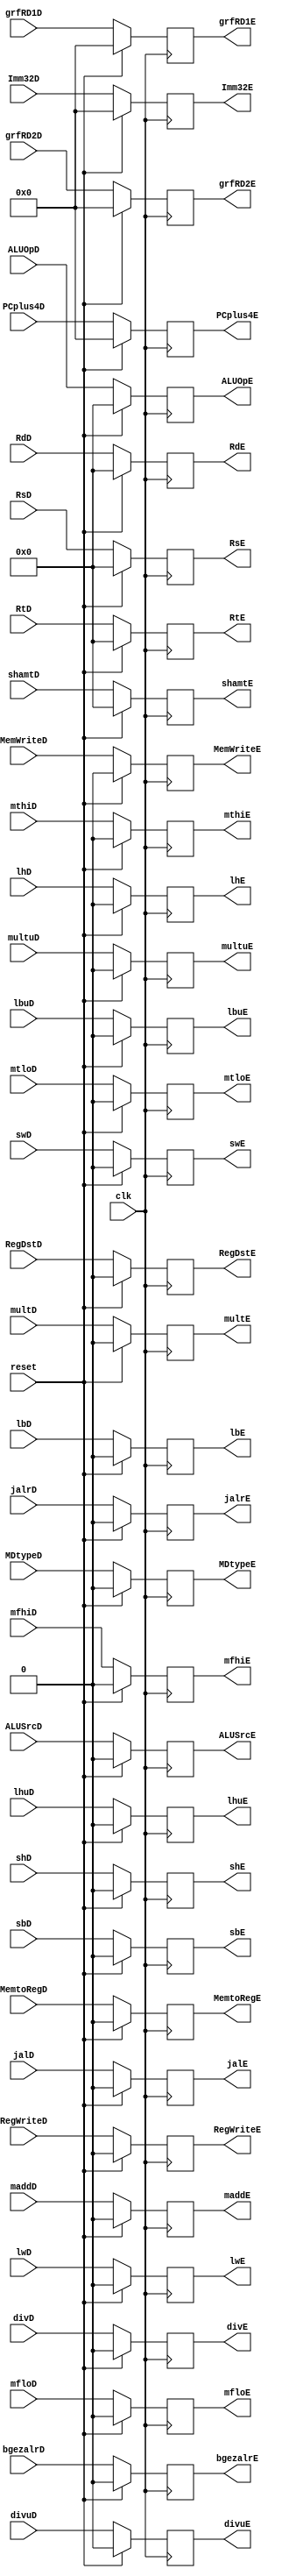
`timescale 1ns / 1ps
//////////////////////////////////////////////////////////////////////////////////
// Company: 
// Engineer: 
// 
// Design Name: 
// Module Name:    D_E_pipeReg 
// Project Name: 
// Target Devices: 
// Tool versions: 
// Description: 
//
// Dependencies: 
//
// Revision: 
// Revision 0.01 - File Created
// Additional Comments: 
//
//////////////////////////////////////////////////////////////////////////////////
module D_E_pipeReg(
    input [31:0] PCplus4D,
    input [4:0] RsD,
    input [4:0] RtD,
    input [4:0] RdD,
	 input [4:0] shamtD,
    input [31:0] grfRD1D,
    input [31:0] grfRD2D,
    input RegWriteD,
    input MemtoRegD,
    input MemWriteD,
    input [4:0] ALUOpD,
    input ALUSrcD,
    input RegDstD,
	 input jalD,
	 input jalrD,
	 input bgezalrD,
	 input swD,
	 input shD,
	 input sbD,
	 input lwD,
	 input lbD,
	 input lbuD,
	 input lhD,
	 input lhuD,
	 input multD,
	 input multuD,
	 input divD,
	 input divuD,
	 input mfhiD,
	 input mfloD,
	 input mthiD,
	 input mtloD,
	 input maddD,
	 input MDtypeD,
	 input reset,
	 input clk,
	 input [31:0] Imm32D,
	 output reg [31:0]PCplus4E,
    output reg RegWriteE,
    output reg MemtoRegE,
	 output reg MemWriteE,
    output reg [4:0] ALUOpE,
    output reg ALUSrcE,
    output reg RegDstE,
    output reg [4:0] RsE,
    output reg [4:0] RtE,
    output reg [4:0] RdE,
	 output reg [4:0] shamtE,
    output reg [31:0] Imm32E,
    output reg [31:0] grfRD1E,
    output reg [31:0] grfRD2E,
	 output reg jalE,
	 output reg jalrE,
	 output reg bgezalrE,
	 output reg swE,
	 output reg shE,
	 output reg sbE,
	 output reg lwE,
	 output reg lhE,
	 output reg lhuE,
	 output reg lbE,
	 output reg lbuE,
	 output reg multE,
	 output reg multuE,
	 output reg divE,
	 output reg divuE,
	 output reg mfhiE,
	 output reg mfloE,
	 output reg mthiE,
	 output reg mtloE,
	 output reg maddE,
	 output reg MDtypeE
    );
	
	initial	begin 
		PCplus4E <= 0;
		RegWriteE <= 0;
		MemtoRegE <= 0;
		MemWriteE <= 0;
		ALUOpE <= 0;
		ALUSrcE <= 0;
		RegDstE <= 0;
		RsE <= 0;
		RtE <= 0;
		RdE <= 0;
		shamtE <= 0;
		Imm32E <= 0;
		grfRD1E <= 0;
		grfRD2E <= 0;
		jalE <= 0;
		jalrE <= 0;
		swE <= 0;
		shE <= 0;
		sbE <= 0;
		lwE <= 0;
		lhE <= 0;
		lhuE <= 0;
		lbE <= 0;
		lbuE <= 0;
		multE <= 0;
	   multuE <= 0;
	   divE <= 0;
	   divuE <= 0;
	   mfhiE <= 0;
	   mfloE <= 0;
	   mthiE <= 0;
	   mtloE <= 0;
		maddE <= 0;
	   MDtypeE <= 0;
		bgezalrE <= 0;
	end
	
	always @(posedge clk)	begin
		if(reset) begin
			PCplus4E <= 0;
			RegWriteE <= 0;
			MemtoRegE <= 0;
			MemWriteE <= 0;
			ALUOpE <= 0;
			ALUSrcE <= 0;
			RegDstE <= 0;
			RsE <= 0;
			RtE <= 0;
			RdE <= 0;
			shamtE <= 0;
			Imm32E <= 0;
			grfRD1E <= 0;
			grfRD2E <= 0;
			jalE <= 0;
			jalrE <= 0;
			swE <= 0;
			shE <= 0;
			sbE <= 0;
			lwE <= 0;
			lhE <= 0;
			lhuE <= 0;
			lbE <= 0;
			lbuE <= 0;
			multE <= 0;
			multuE <= 0;
			divE <= 0;
			divuE <= 0;
			mfhiE <= 0;
			mfloE <= 0;
			mthiE <= 0;
			mtloE <= 0;
			maddE <= 0;
			MDtypeE <= 0;
			bgezalrE <= 0;
		end
		else begin
			PCplus4E <= PCplus4D;
			RegWriteE <= RegWriteD;
			MemtoRegE <= MemtoRegD;
			MemWriteE <= MemWriteD;
			ALUOpE <= ALUOpD;
			ALUSrcE <= ALUSrcD;
			RegDstE <= RegDstD;
			RsE <= RsD;
			RtE <= RtD;
			RdE <= RdD;
			shamtE <= shamtD;
			Imm32E <= Imm32D;
			grfRD1E <= grfRD1D;
			grfRD2E <= grfRD2D;
			jalE <= jalD;
			jalrE <= jalrD;
			swE <= swD;
			shE <= shD;
			sbE <= sbD;
			lwE <= lwD;
			lhE <= lhD;
			lhuE <= lhuD;
			lbE <= lbD;
			lbuE <= lbuD;
			multE <= multD;
			multuE <= multuD;
			divE <= divD;
			divuE <= divuD;
			mfhiE <= mfhiD;
			mfloE <= mfloD;
			mthiE <= mthiD;
			mtloE <= mtloD;
			maddE <= maddD;
			MDtypeE <= MDtypeD;
			bgezalrE <= bgezalrD;
		end
	end
endmodule